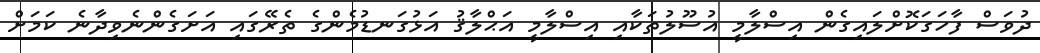
ދުވަސް ފާހަގަކޮށްލައިގެން އިސްލާމީ އުސޫލުތަކާއި އިސްލާމީ އަޙްލާޤު އަޅުގަނޑުމެންގެ ތެރޭގައި އަށަގެންނެވިދާނެ ކަމަށް